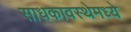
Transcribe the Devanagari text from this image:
साधकावस्थेमध्ये